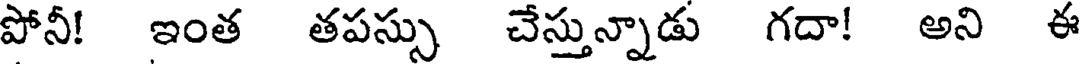
పోనీ! ఇంత తపస్సు చేస్తున్నాడు గదా! అని ఈ